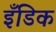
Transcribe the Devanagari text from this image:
इँडिक